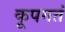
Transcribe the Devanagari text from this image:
कूपगतं